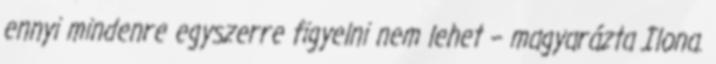
ennyi mindenre egyszerre figyelni nem lehet – magyarázta Ilona.